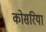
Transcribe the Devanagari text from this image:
कोसरिया